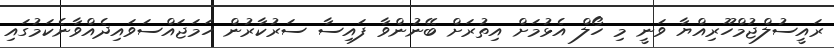
ރައީސުލްޖުމްހޫރިއްޔާ ވަނީ މި ހޯލް އެޅުމަށް އިތުރަށް ބޭނުންވާ ފައިސާ ސަރުކާރުން ހަމަޖައްސަވައިދެއްވާނެކަމުގައި